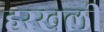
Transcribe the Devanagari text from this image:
हरखली